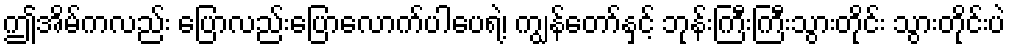
ဤအိမ်ကလည်း ပြောလည်းပြောလောက်ပါပေရဲ့၊ ကျွန်တော်နှင့် ဘုန်းကြီးကြီးသွားတိုင်း သွားတိုင်းပဲ